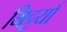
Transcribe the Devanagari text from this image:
मिट्टयाँ